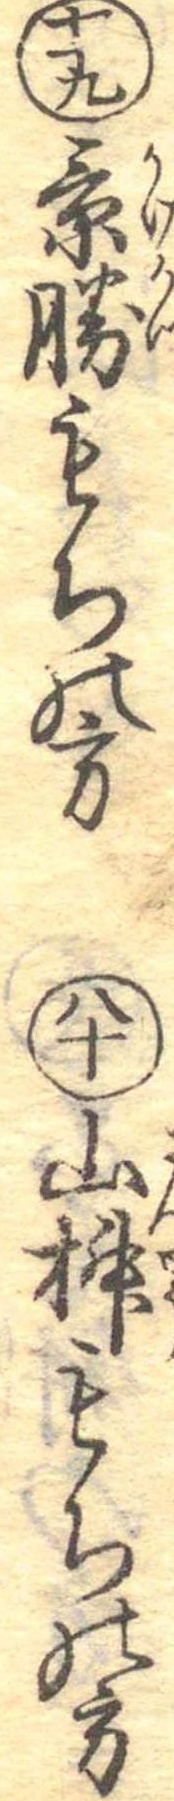
七十九景勝もちの方八十山椒もちの方